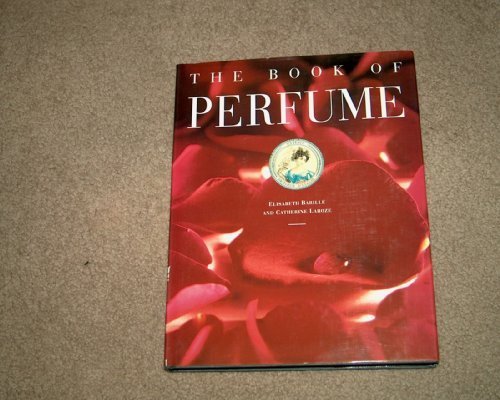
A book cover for The Book of Perfume; Elisabeth Barille; Health, Fitness & Dieting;